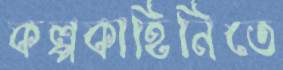
কল্পকাহিনিতে